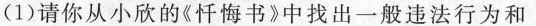
(1)请你从小欣的《忏悔书》中找出一般违法行为和